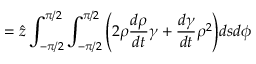
= \hat { z } \int _ { - \pi / 2 } ^ { \pi / 2 } \int _ { - \pi / 2 } ^ { \pi / 2 } \Bigg ( 2 \rho \frac { d \rho } { d t } \gamma + \frac { d \gamma } { d t } \rho ^ { 2 } \Bigg ) d s d \phi